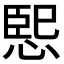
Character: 𭝨